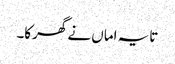
تایہ اماں نے گھرکا۔